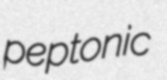
peptonic